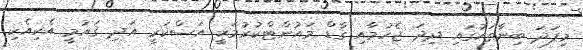
މިފަދަ ބިނާތަކުގައި ދިދަ ޖެހުމާއި ގާޑް މައުންޓްކުރުމަކީ އަސްކަރީ އަދި ޤައުމީ އެކިއެކި